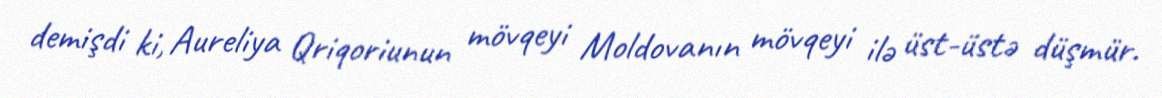
demişdi ki, Aureliya Qriqoriunun mövqeyi Moldovanın mövqeyi ilə üst-üstə düşmür.